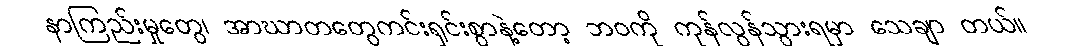
နာကြည်းမှုတွေ၊ အာဃာတတွေကင်းရှင်းစွာနဲ့တော့ ဘဝကို ကုန်လွန်သွားရမှာ သေချာ တယ်။